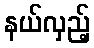
နယ်လှည့်